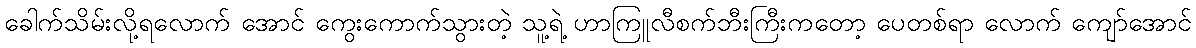
ခေါက်သိမ်းလို့ရလောက် အောင် ကွေးကောက်သွားတဲ့ သူ့ရဲ့ ဟာကြူလီစက်ဘီးကြီးကတော့ ပေတစ်ရာ လောက် ကျော်အောင်